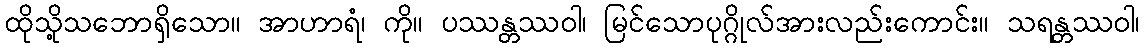
ထိုသို့သဘောရှိသော။ အာဟာရံ၊ ကို။ ပဿန္တဿဝါ၊ မြင်သောပုဂ္ဂိုလ်အားလည်းကောင်း။ သရန္တဿဝါ၊